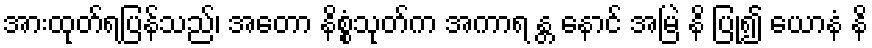
အားထုတ်ရပြန်သည်၊ အတော နိစ္စံသုတ်က အကာရ န္တ နောင် အမြဲ နိ ပြု၍ ယောနံ နိ